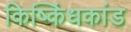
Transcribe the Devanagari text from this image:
किष्किंधकांड